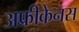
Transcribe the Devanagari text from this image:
अफ्रीकेनस